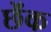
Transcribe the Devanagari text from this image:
छेंक